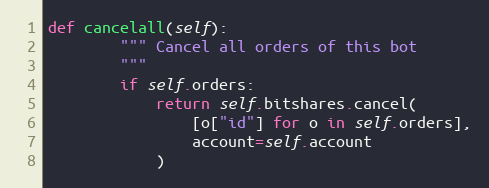
Language: Python
def cancelall(self):
        """ Cancel all orders of this bot
        """
        if self.orders:
            return self.bitshares.cancel(
                [o["id"] for o in self.orders],
                account=self.account
            )